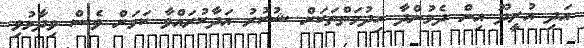
އަދި އުރީދޫ އިން ދެމުންދާ ހިދުމަތްތަކަށް ޝުކުރު އަދާކުރައްވާ ކަމަށް ވެސް ވިދާޅުވި